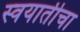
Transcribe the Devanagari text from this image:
स्वयातीचा